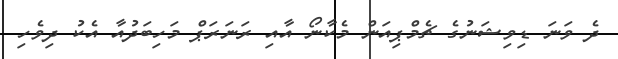
ދެ ވަނަ ޑިވިޝަނުގެ ޗެމްޕިއަން މެކާނޯ އާއި ރަނަރަޕް މަހިބަދުއާ އެކު ދިވެހި